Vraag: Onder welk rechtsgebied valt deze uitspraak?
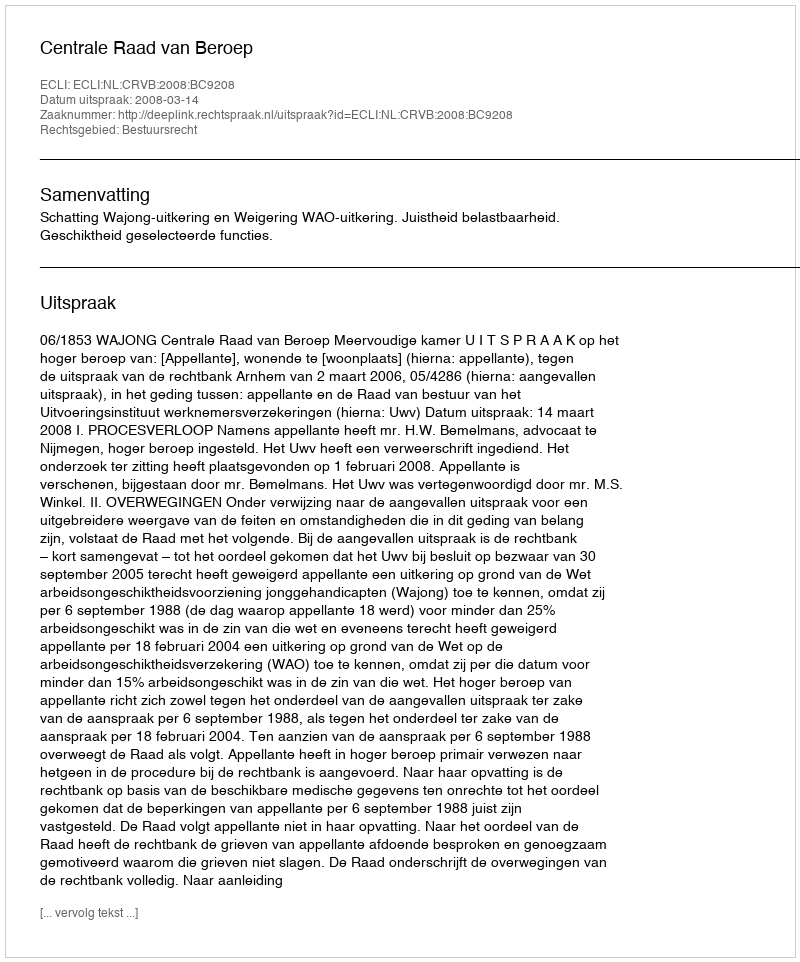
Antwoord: Bestuursrecht